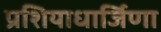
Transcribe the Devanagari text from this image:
प्रशियाधार्जिणा